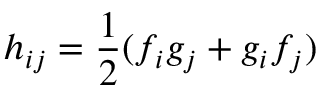
h _ { i j } = \frac { 1 } { 2 } ( f _ { i } g _ { j } + g _ { i } f _ { j } )